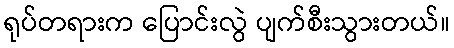
ရုပ်တရားက ပြောင်းလွဲ ပျက်စီးသွားတယ်။